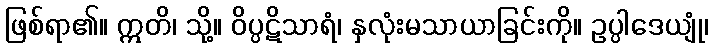
ဖြစ်ရာ၏။ ဣတိ၊ သို့။ ဝိပ္ပဋိသာရံ၊ နှလုံးမသာယာခြင်းကို။ ဥပ္ပါဒေယျုံ၊